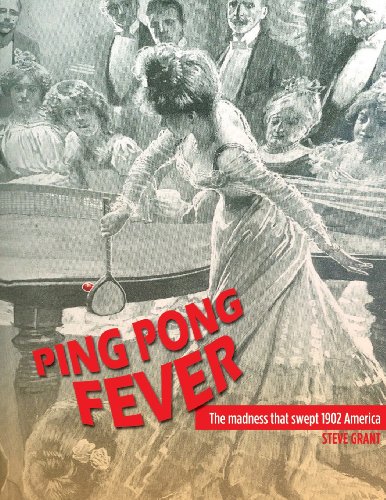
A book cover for Ping Pong Fever: The Madness That Swept 1902 America; Steve Grant; Sports & Outdoors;